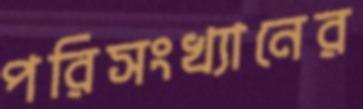
পরিসংখ্যানের